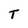
Character: T